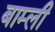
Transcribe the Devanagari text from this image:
बाम्ली